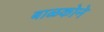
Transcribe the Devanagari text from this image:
बाळकोने